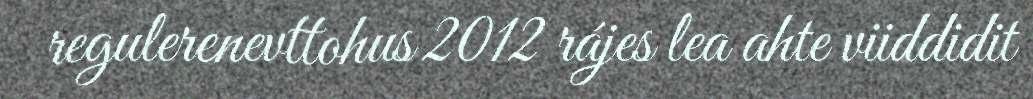
regulerenevttohus 2012 rájes lea ahte viiddidit